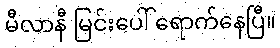
မီလာနီ မြင်းပေါ် ရောက်နေပြီ။